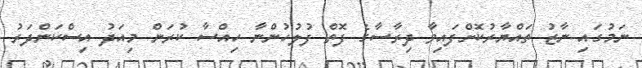
ނަމުގައި ނާޒު ތައްޔާރުކޮށްފައިވާ ދިރާސާގެ ފޮތް ފުލުހުންނާ ހިއްސާ ކުރަން މިއަދު އިސްކަންދަރު